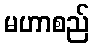
မဟာစည်